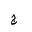
Letter: _gim